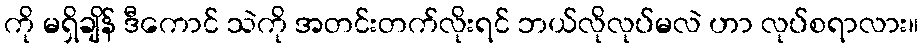
ကို မရှိချိန် ဒီကောင် သဲကို အတင်းတက်လိုးရင် ဘယ်လိုလုပ်မလဲ ဟာ လုပ်စရာလား။